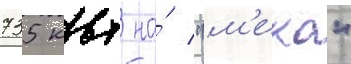
735 квт на́ "м'еко"